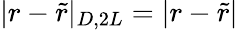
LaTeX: |r-\tilde{r}|_{D,2L}=|r-\tilde{r}|